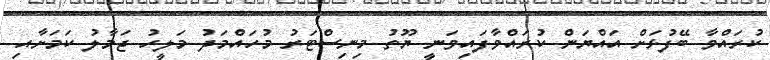
ކުރައްވާ ބޭފުޅަށް އައްޔަން ކުރައްވާފައިވަނީ ޔޫތު މިނިސްޓަރު މުހައްމަދު މަލީހު ޖަމާލު ކަމަށާއި